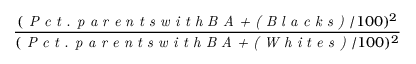
\frac { ( \textit { P c t . p a r e n t s w i t h B A + ( B l a c k s ) } / 1 0 0 ) ^ { 2 } } { ( \textit { P c t . p a r e n t s w i t h B A + ( W h i t e s ) } / 1 0 0 ) ^ { 2 } }